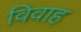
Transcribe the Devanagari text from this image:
विवाह